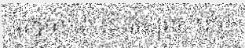
គេហៅថា សេវ៉ាតម្រូវការឲ្យ